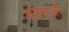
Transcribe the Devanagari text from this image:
चाफाजी